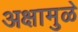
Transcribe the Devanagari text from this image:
अक्षामुळे